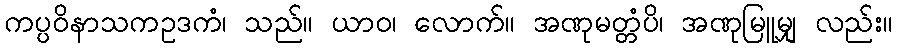
ကပ္ပဝိနာသကဥဒကံ၊ သည်။ ယာဝ၊ လောက်။ အဏုမတ္တံပိ၊ အဏုမြူမျှ လည်း။